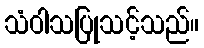
သံဝါသပြုသင့်သည်။